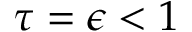
\tau = \epsilon < 1